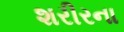
શરીરના